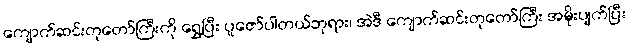
ကျောက်ဆင်းတုတော်ကြီးကို ရွှေ့ပြီး ပူဇော်ပါတယ်ဘုရား၊ အဲဒီ ကျောက်ဆင်းတုတော်ကြီး အမိုးပျက်ပြီး